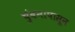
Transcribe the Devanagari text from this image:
चुंबनापासून